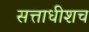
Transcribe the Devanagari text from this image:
सत्ताधीशच